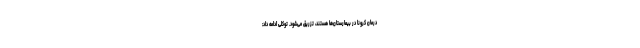
درمان کرونا در بیمارستان‌ها هستند، تزریق می‌شود. توکلی ادامه داد: